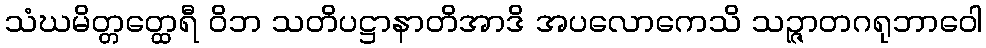
သံဃမိတ္တတ္ထေရီ ဝိဘ သတိပဋ္ဌာနာတိအာဒိ အပလောကေသိ သဉ္ဇာတဂရုဘာဝေါ